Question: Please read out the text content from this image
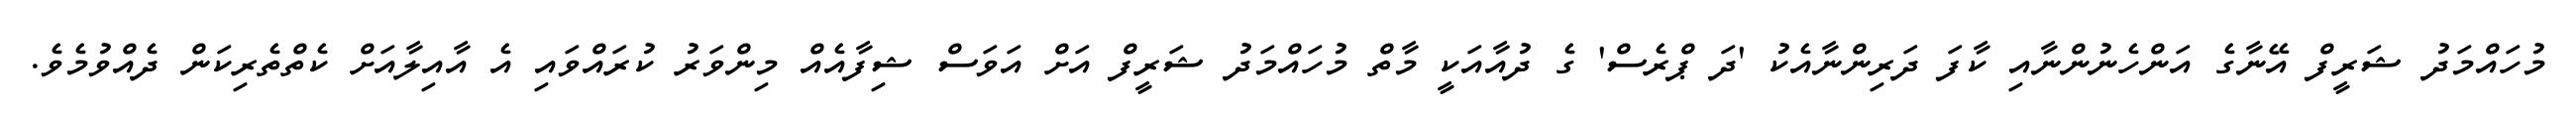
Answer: މުހައްމަދު ޝަރީފް އޭނާގެ އަންހެނުންނާއި ކާފަ ދަރިންނާއެކު 'ދަ ޕްރެސް' ގެ ދުއާއަކީ މާތް މުހައްމަދު ޝަރީފް އަށް އަވަސް ޝިފާއެއް މިންވަރު ކުރައްވައި އެ އާއިލާއަށް ކެތްތެރިކަން ދެއްވުމެވެ.